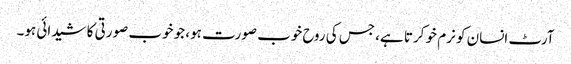
آرٹ انسان کو نرم خو کرتا ہے، جس کی روح خوب صورت ہو، جو خوب صورتی کا شیدائی ہو۔